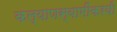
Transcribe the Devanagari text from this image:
कल्याणस्वामींकरवी